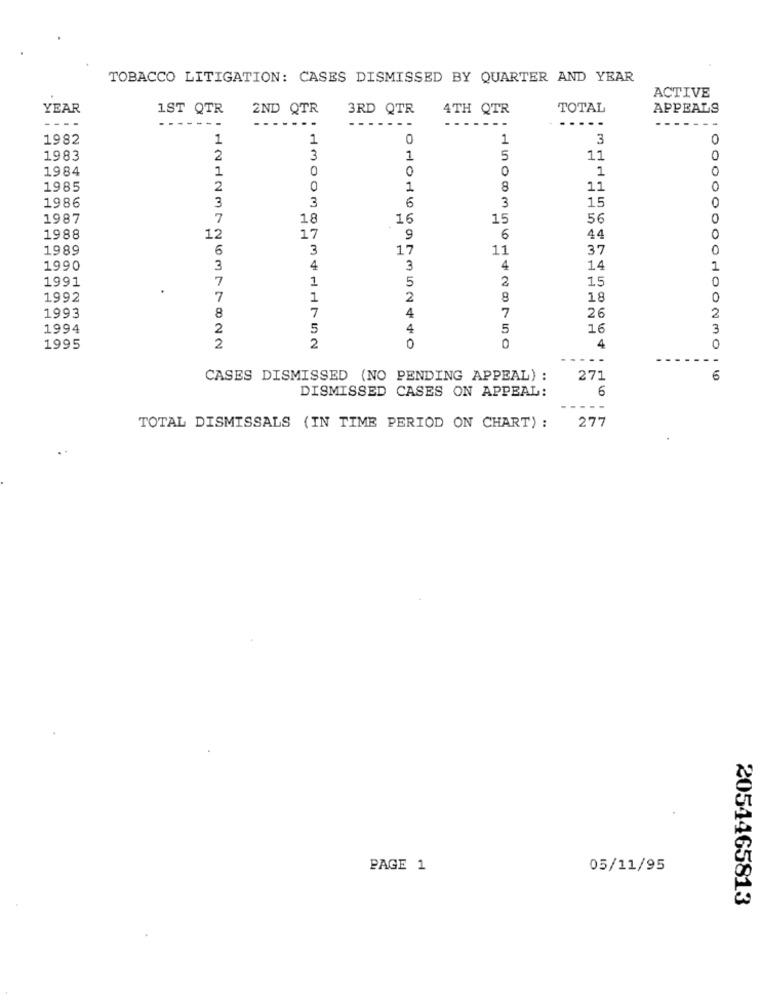
TOBACCO LITIGATION: CASES DISMISSED BY QUARTER AND YEAR
ACTIVE
YEAR
1ST QTR
2ND QTR
3RD QTR
4TH QTR
TOTAL
APPEALS
---
-------
-......
-----.
----.
....
1982
1
1
0
1
3
1983
2
3
1
5
11
0
1984
1
0
0
0
1
1985
2
0
1
8
11
0
3
3
6
3
0
1986
15
1987
7
18
16
15
56
1988
12
17
9
6
44
1989
6
3
17
11
37
1990
3
4
3
4
14
1
1991
7
1
5
2
15
1992
7
1
2
8
18
0
1993
7
8
7
4
26
2
1994
2
5
4
5
16
3
1995
2
2
0
4
0
--
CASES DISMISSED (NO PENDING APPEAL) :
271
6
DISMISSED CASES ON APPEAL:
6
277
TOTAL DISMISSALS (IN TIME PERIOD ON CHART) :
..
PAGE 1
05/11/95
2054465813